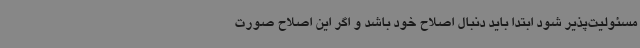
مسئولیت‌پذیر شود ابتدا باید دنبال اصلاح خود باشد و اگر این اصلاح صورت